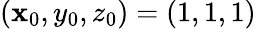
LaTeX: (\mathbf{x}_{0},y_{0},z_{0})=(1,1,1)